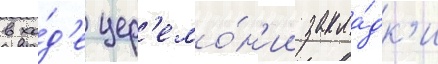
в хо́д'е цер'емо́н'ии закла́дк'и